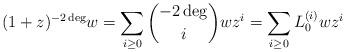
LaTeX: \begin{align*}(1+z)^{-2\deg}w=\sum_{i\ge 0}\binom{-2\deg}{i}wz^{i}=\sum_{i\ge 0}L_{0}^{(i)}wz^{i}\end{align*}